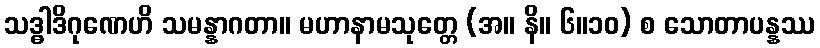
သဒ္ဓါဒိဂုဏေဟိ သမန္နာဂတာ။ မဟာနာမသုတ္တေ (အ။ နိ။ ၆။၁၀) စ သောတာပန္နဿ